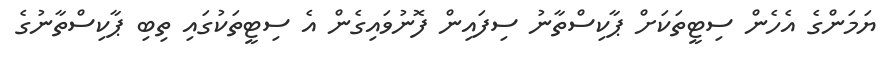
ޔަމަންގެ އެހެން ސިޓީތަކަށް ޕާކިސްތާނު ސިފައިން ފޮނުވައިގެން އެ ސިޓީތަކުގައި ތިބި ޕާކިސްތާނުގެ